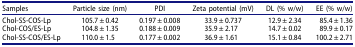
<table><thead><tr><td><b>Samples</b></td><td><b>Particle size (nm)</b></td><td><b>PDI</b></td><td><b>Zeta potential (mV)</b></td><td><b>DL (% w/w)</b></td><td><b>EE (% w/w)</b></td></tr></thead><tbody><tr><td>Chol-SS-COS-Lp</td><td>105.7 ± 0.42</td><td>0.197 ± 0.008</td><td>33.9 ± 0.737</td><td>12.9 ± 2.34</td><td>85.4 ± 1.36</td></tr><tr><td>Chol-COS/ES-Lp</td><td>104.8 ± 1.35</td><td>0.188 ± 0.009</td><td>35.9 ± 2.17</td><td>14.7 ± 0.02</td><td>89.9 ± 0.17</td></tr><tr><td>Chol-SS-COS/ES-Lp</td><td>110.0 ± 1.5</td><td>0.177 ± 0.002</td><td>36.9 ± 1.61</td><td>15.1 ± 0.84</td><td>100.2 ± 2.71</td></tr></tbody></table>